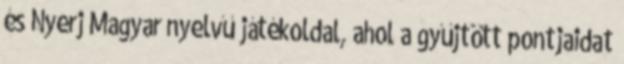
és Nyerj Magyar nyelvű játékoldal, ahol a gyűjtött pontjaidat